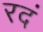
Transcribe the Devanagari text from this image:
रदं